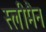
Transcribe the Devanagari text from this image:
स्‍लीमैन